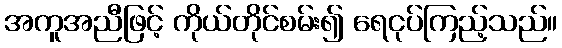
အကူအညီဖြင့် ကိုယ်တိုင်စမ်း၍ ရေငုပ်ကြည့်သည်။